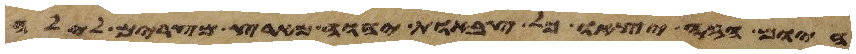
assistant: היום הזה יצאו כל צבאות יהוה מארץ מצרים לילה